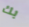
بك